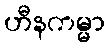
ဟီနကမ္မာ